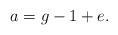
LaTeX: \begin{align*} a=g-1+e.\end{align*}